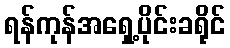
ရန်ကုန်အရှေ့ပိုင်းခရိုင်